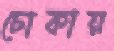
ঢোকায়